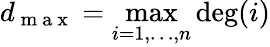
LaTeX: d_{\mathrm{~m~a~x~}}=\operatorname*{max}_{i=1,\dots,n}\deg(i)